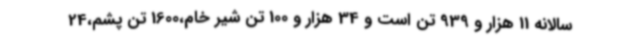
سالانه 11 هزار و 939 تن است و 34 هزار و 100 تن شیر خام،1600 تن پشم،24